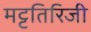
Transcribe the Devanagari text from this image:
मट्टतिरिजी